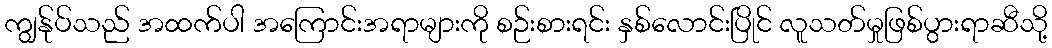
ကျွန်ုပ်သည် အထက်ပါ အကြောင်းအရာများကို စဉ်းစားရင်း နှစ်လောင်းပြိုင် လူသတ်မှုဖြစ်ပွားရာဆီသို့